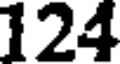
124